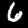
Digit: 6